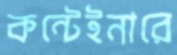
কন্টেইনারে